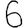
Digit: 6